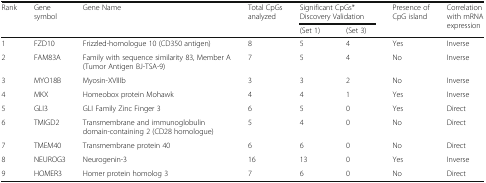
<table><thead><tr><td rowspan="2"><b>Rank</b></td><td rowspan="2"><b>Gene symbol</b></td><td rowspan="2"><b>Gene Name</b></td><td rowspan="2"><b>Total CpGs analyzed</b></td><td colspan="2"><b>Significant CpGs* Discovery Validation</b></td><td rowspan="2"><b>Presence of CpG island</b></td><td rowspan="2"><b>Correlation with mRNA expression</b></td></tr><tr><td><b>(Set 1)</b></td><td><b>(Set 3)</b></td></tr></thead><tbody><tr><td>1</td><td>FZD10</td><td>Frizzled-homologue 10 (CD350 antigen)</td><td>8</td><td>5</td><td>4</td><td>Yes</td><td>Inverse</td></tr><tr><td>2</td><td>FAM83A</td><td>Family with sequence similarity 83, Member A (Tumor Antigen BJ-TSA-9)</td><td>7</td><td>5</td><td>4</td><td>No</td><td>Inverse</td></tr><tr><td>3</td><td>MYO18B</td><td>Myosin-XVIIIb</td><td>3</td><td>3</td><td>2</td><td>No</td><td>Inverse</td></tr><tr><td>4</td><td>MKX</td><td>Homeobox protein Mohawk</td><td>4</td><td>4</td><td>1</td><td>Yes</td><td>Inverse</td></tr><tr><td>5</td><td>GLI3</td><td>GLI Family Zinc Finger 3</td><td>6</td><td>5</td><td>0</td><td>Yes</td><td>Direct</td></tr><tr><td>6</td><td>TMIGD2</td><td>Transmembrane and immunoglobulin domain-containing 2 (CD28 homologue)</td><td>5</td><td>4</td><td>0</td><td>No</td><td>Direct</td></tr><tr><td>7</td><td>TMEM40</td><td>Transmembrane protein 40</td><td>6</td><td>6</td><td>0</td><td>No</td><td>Direct</td></tr><tr><td>8</td><td>NEUROG3</td><td>Neurogenin-3</td><td>16</td><td>13</td><td>0</td><td>Yes</td><td>Inverse</td></tr><tr><td>9</td><td>HOMER3</td><td>Homer protein homolog 3</td><td>7</td><td>6</td><td>0</td><td>No</td><td>Direct</td></tr></tbody></table>